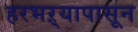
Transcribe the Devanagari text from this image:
हरभऱ्यापासून